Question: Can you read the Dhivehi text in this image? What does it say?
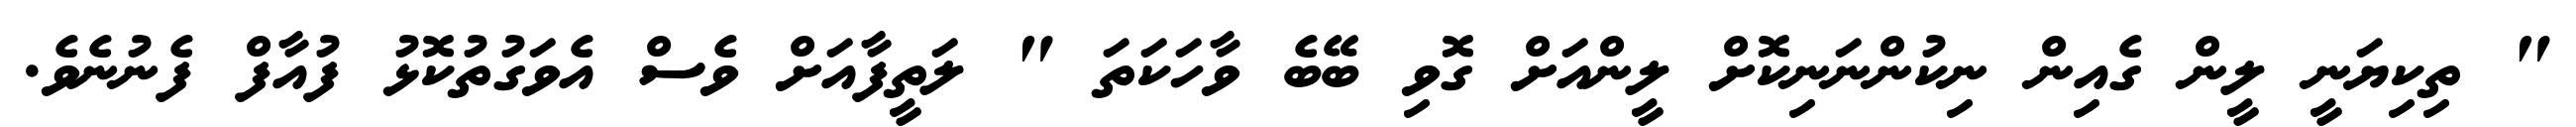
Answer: " ތިކިޔަނީ ލީން ގެއިން ނިކުންނަނިކޮށް ލީންއަށް ގޮވި ބޭބެ ވާހަކަތަ " ލަތީފާއަށް ވެސް އެވަގުތުކޮޅު ފުއާފް ފެނުނެވެ.